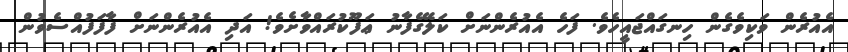
އެއުރެން ވަކިވެގެން ހިނގައްޖައީހެވެ. ފަހެ އެއުރެންނަށް ކަލޭގެފާނު ޢަފޫކުރައްވާށެވެ! އަދި އެއުރެންނަށް ފާފަފުއްސެވުން